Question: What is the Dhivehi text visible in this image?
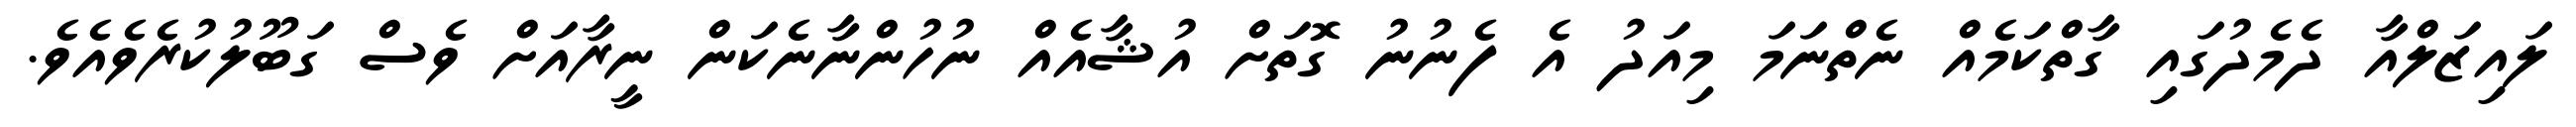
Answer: ލައިޒަލްއާ ދެމެދުގައި ގާތްކަމެއް ނެތްނަމަ މިއަދު އެ ފެނުނު ގޮތަށް އުޝާއެއް ނުހުންނާނެކަން ނީރާއަށް ވެސް ގަބޫލުކުރެވެއެވެ.